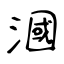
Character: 漍